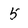
Character: 5